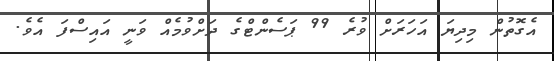
އެގޮތުން މިދިޔަ އަހަރަށް ވުރެ 99 ޕަސެންޓްގެ ދަށްވުމެއް ވަނީ އައިސްފަ އެވެ.